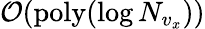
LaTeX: \mathcal{O}(\mathrm{poly}(\log N_{v_{x}}))